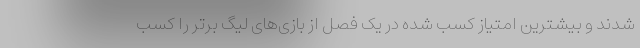
شدند و بیشترین امتیاز کسب شده در یک فصل از بازی‌های لیگ برتر را کسب